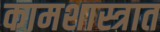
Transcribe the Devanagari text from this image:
कामशास्त्रात